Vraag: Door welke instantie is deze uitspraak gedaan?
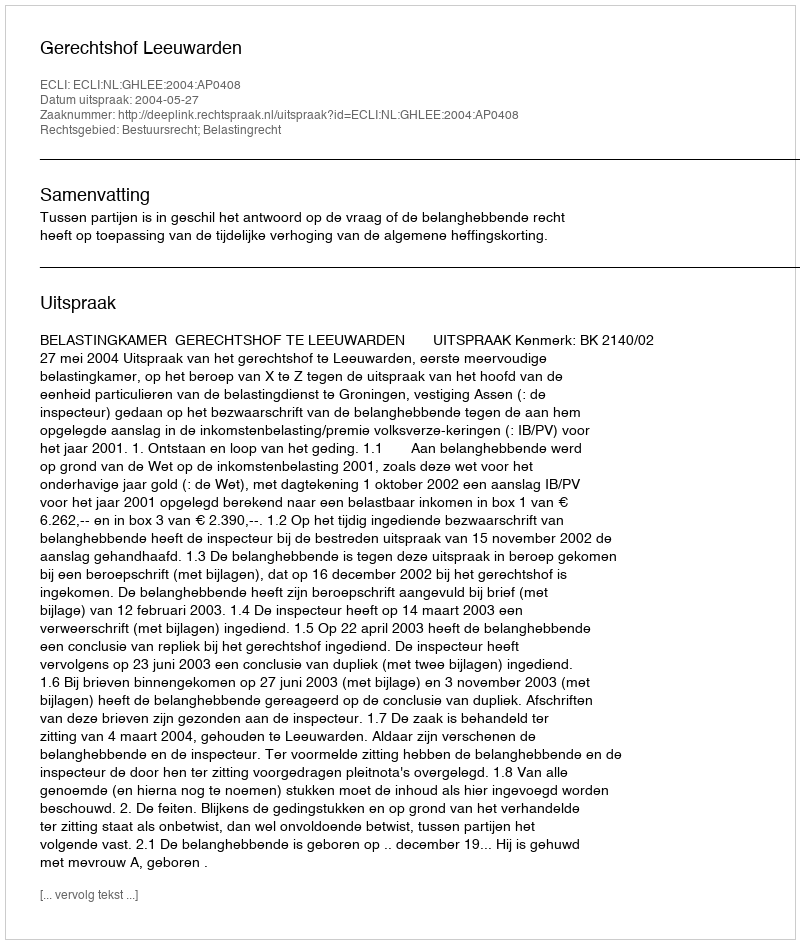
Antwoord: Gerechtshof Leeuwarden